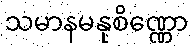
သမာနမနုစိဏ္ဏော